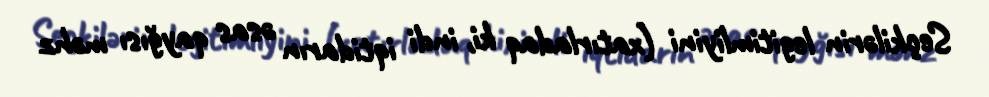
Seçkilərin legitimliyini (xatırladaq ki, indi iqtidarın əsas qayğısı məhz